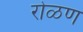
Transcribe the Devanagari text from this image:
रोळण